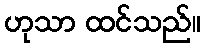
ဟုသာ ထင်သည်။